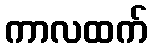
ကာလထက်